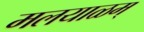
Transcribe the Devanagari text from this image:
मलयाळम्‌